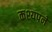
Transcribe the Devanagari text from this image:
कश्यपने